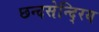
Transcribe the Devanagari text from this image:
छन्दसेन्दि्रय